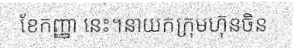
ខែកញ្ញា នេះ។នាយកក្រុមហ៊ុនចិន